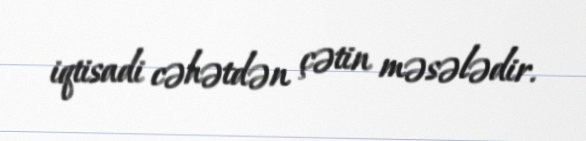
iqtisadi cəhətdən çətin məsələdir.